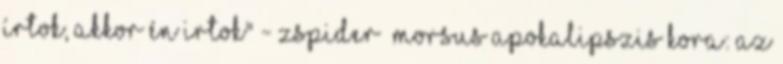
írtok, akkor én irtok" - Zspider Morsus Apokalipszis Kora: Az